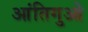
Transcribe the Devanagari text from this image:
आंतिगुओ